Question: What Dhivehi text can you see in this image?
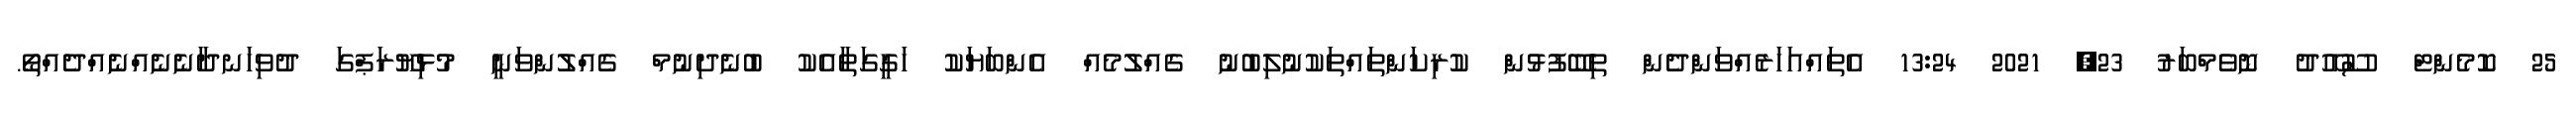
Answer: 25 ކޮމެންޓް ސޫއޫދު ނޮވެމްބަރު 23, 2021 13:24 އެތައްއަހަރެއްވަންދެން ތިބޭފުޅުން ކުރިކަންތައްތަކުނުލިބުނު ގެއްލުމެއް އެންބަޔަކު ހަގީގަތާއެކު ބުނެދިނުމް ގެއްލުންވަނީ މުޅިޔޫރަޕްގަ ދުވިހަނދާނެނެއްނެއްދެއްތޯ.